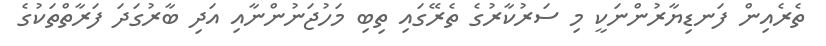
ތެރެއިން ފަނޑިޔާރުންނަކީ މި ސަރުކާރުގެ ތެރޭގައި ތިބި މަހުޖަނުންނާއި އަދިި ބާރުގަދަ ފަރާތްތަކުގެ